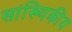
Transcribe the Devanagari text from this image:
सांख्‍यिकीय